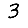
Digit: 3